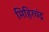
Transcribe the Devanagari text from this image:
मिहिरचंद्र